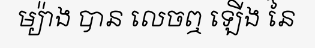
ម្យ៉ាង បាន លេចឮ ឡើង នៃ